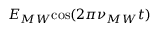
E _ { M W } \mathrm { c o s } ( 2 \pi \nu _ { M W } t )